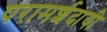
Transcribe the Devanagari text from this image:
परामर्शदायी